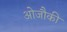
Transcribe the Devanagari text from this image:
ओजौकी